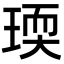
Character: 瑌